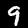
Digit: 9